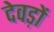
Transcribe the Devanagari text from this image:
देवड़ों